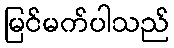
မြင်မက်ပါသည်